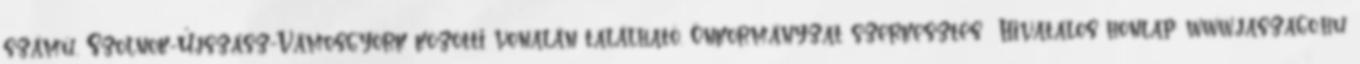
számú, Szolnok-Újszász-Vámosgyörk közötti vonalán található. Önkormányzat szerkesztés Hivatalos honlap: www.jaszago.hu